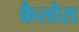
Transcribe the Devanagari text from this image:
कैलोस